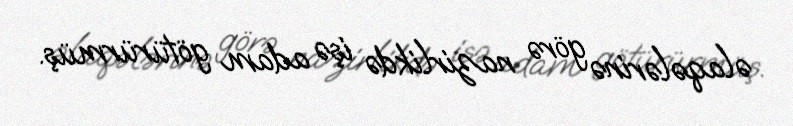
əlaqələrinə görə nazirlikdə işə adam götürürmüş.